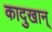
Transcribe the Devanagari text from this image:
कादुखान्